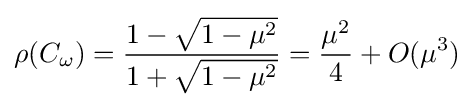
\rho (C_{\omega })={\frac {1-{\sqrt {1-\mu ^{2}}}}{1+{\sqrt {1-\mu ^{2}}}}}={\frac {\mu ^{2}}{4}}+O(\mu ^{3})